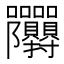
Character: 𭍙